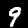
Label: 9